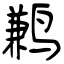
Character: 鹣